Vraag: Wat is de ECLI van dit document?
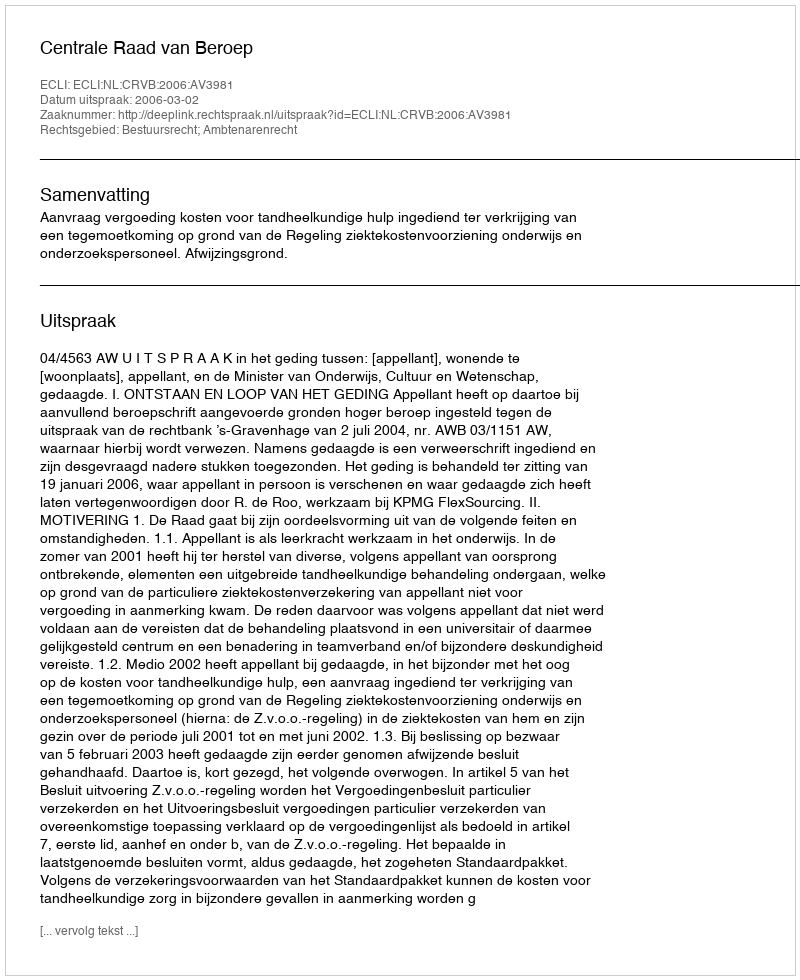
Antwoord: ECLI:NL:CRVB:2006:AV3981